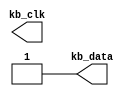
module keyboard_emulator(
    output kb_clk,
    output kb_data
    );
    
    reg kb_clk, kb_data;
    
    always begin
        #10 kb_clk = ! kb_clk;
    end
    
    initial begin
        kb_clk = 1;
        kb_data = 1;
        
        #25 kb_data = 0;
        #20 kb_data = 1; #20 kb_data = 0; #20 kb_data = 0;  #20 kb_data = 0;  #20 kb_data = 0;  #20 kb_data = 0;  #20 kb_data = 1;  #20 kb_data = 0;  
        #20 kb_data = 0; #20 kb_data = 1; 

        #20 kb_data = 0;
        #20 kb_data = 1; #20 kb_data = 1; #20 kb_data = 0;  #20 kb_data = 0;  #20 kb_data = 0;  #20 kb_data = 1;  #20 kb_data = 1;  #20 kb_data = 0;  
        #20 kb_data = 0; #20 kb_data = 1; 
    
        #20 kb_data = 0;
        #20 kb_data = 1; #20 kb_data = 1; #20 kb_data = 0;  #20 kb_data = 0;  #20 kb_data = 0;  #20 kb_data = 1;  #20 kb_data = 1;  #20 kb_data = 0;  
        #20 kb_data = 0; #20 kb_data = 1; 

        #20 kb_data = 0;
        #20 kb_data = 1; #20 kb_data = 0; #20 kb_data = 1;  #20 kb_data = 0;  #20 kb_data = 0;  #20 kb_data = 1;  #20 kb_data = 1;  #20 kb_data = 0;  
        #20 kb_data = 0; #20 kb_data = 1; 
    
        #20 kb_data = 0;
        #20 kb_data = 0; #20 kb_data = 0; #20 kb_data = 1;  #20 kb_data = 1;  #20 kb_data = 0;  #20 kb_data = 1;  #20 kb_data = 1;  #20 kb_data = 0;  
        #20 kb_data = 0; #20 kb_data = 1; 
    
        #20 kb_data = 0;
        #20 kb_data = 1; #20 kb_data = 0; #20 kb_data = 1;  #20 kb_data = 0;  #20 kb_data = 0;  #20 kb_data = 1;  #20 kb_data = 1;  #20 kb_data = 0;  
        #20 kb_data = 0; #20 kb_data = 1; 
    
        #20 kb_data = 0;
        #20 kb_data = 0; #20 kb_data = 1; #20 kb_data = 0;  #20 kb_data = 0;  #20 kb_data = 1;  #20 kb_data = 1;  #20 kb_data = 1;  #20 kb_data = 0;  
        #20 kb_data = 0; #20 kb_data = 1; 
    
        #20 kb_data = 0;
        #20 kb_data = 1; #20 kb_data = 0; #20 kb_data = 0;  #20 kb_data = 0;  #20 kb_data = 0;  #20 kb_data = 1;  #20 kb_data = 1;  #20 kb_data = 0;  
        #20 kb_data = 0; #20 kb_data = 1; 
    
        #20 kb_data = 0;
        #20 kb_data = 0; #20 kb_data = 0; #20 kb_data = 1;  #20 kb_data = 0;  #20 kb_data = 1;  #20 kb_data = 1;  #20 kb_data = 1;  #20 kb_data = 0;  
        #20 kb_data = 0; #20 kb_data = 1; 
    
        #20 kb_data = 0;
        #20 kb_data = 1; #20 kb_data = 1; #20 kb_data = 1;  #20 kb_data = 1;  #20 kb_data = 0;  #20 kb_data = 1;  #20 kb_data = 1;  #20 kb_data = 0;  
        #20 kb_data = 0; #20 kb_data = 1; 
    
        #20 kb_data = 0;
        #20 kb_data = 0; #20 kb_data = 1; #20 kb_data = 0;  #20 kb_data =0;  #20 kb_data = 1;  #20 kb_data = 1;  #20 kb_data = 1;  #20 kb_data = 0;  
        #20 kb_data = 0; #20 kb_data = 1; 
                    
        #20 kb_data = 0;
        #20 kb_data = 0; #20 kb_data = 0; #20 kb_data = 0;  #20 kb_data =0;  #20 kb_data = 0;  #20 kb_data = 1;  #20 kb_data = 0;  #20 kb_data = 0;  
        #20 kb_data = 0; #20 kb_data = 1; 
                    
        #20 kb_data = 0;
        #20 kb_data = 1; #20 kb_data = 0; #20 kb_data = 1;  #20 kb_data =1;  #20 kb_data = 0;  #20 kb_data = 1;  #20 kb_data = 0;  #20 kb_data = 0;  
        #20 kb_data = 0; #20 kb_data = 1; 
                    
        #20 kb_data = 0;
        #20 kb_data = 0; #20 kb_data = 0; #20 kb_data = 0;  #20 kb_data =0;  #20 kb_data = 0;  #20 kb_data = 1;  #20 kb_data = 0;  #20 kb_data = 0;  
        #20 kb_data = 0; #20 kb_data = 1; 
                    
        #20 kb_data = 0;
        #20 kb_data = 1; #20 kb_data = 0; #20 kb_data = 0;  #20 kb_data =0;  #20 kb_data = 1;  #20 kb_data = 1;  #20 kb_data = 0;  #20 kb_data = 0;  
        #20 kb_data = 0; #20 kb_data = 1; 
                    
        #20 kb_data = 0;
        #20 kb_data = 0; #20 kb_data = 0; #20 kb_data = 1;  #20 kb_data =0;  #20 kb_data = 0;  #20 kb_data = 0;  #20 kb_data = 1;  #20 kb_data = 0;  
        #20 kb_data = 0; #20 kb_data = 1; 
                    
        #20 kb_data = 0;
        #20 kb_data = 0; #20 kb_data = 0; #20 kb_data = 1;  #20 kb_data =0;  #20 kb_data = 1;  #20 kb_data = 0;  #20 kb_data = 1;  #20 kb_data = 0;  
        #20 kb_data = 0; #20 kb_data = 1; 
                    
        #20 kb_data = 0;
        #20 kb_data = 1; #20 kb_data = 0; #20 kb_data = 0;  #20 kb_data =0;  #20 kb_data = 1;  #20 kb_data = 1;  #20 kb_data = 0;  #20 kb_data = 0;  
        #20 kb_data = 0; #20 kb_data = 1; 
                    
        #20 kb_data = 0;
        #20 kb_data = 0; #20 kb_data = 0; #20 kb_data = 0;  #20 kb_data =0;  #20 kb_data = 1;  #20 kb_data = 1;  #20 kb_data = 0;  #20 kb_data = 0;  
        #20 kb_data = 0; #20 kb_data = 1; 
                    
        #20 kb_data = 0;
        #20 kb_data = 1; #20 kb_data = 0; #20 kb_data = 0;  #20 kb_data =1;  #20 kb_data = 1;  #20 kb_data = 1;  #20 kb_data = 0;  #20 kb_data = 0;  
        #20 kb_data = 0; #20 kb_data = 1; 
                    
    end
    
endmodule